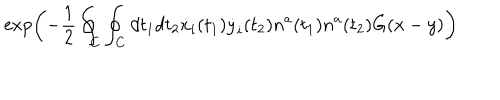
\exp \left( - { \frac { 1 } { 2 } } \oint _ { C } \oint _ { C } d t _ { 1 } d t _ { 2 } \dot { x } _ { i } ( t _ { 1 } ) \dot { y } _ { i } ( t _ { 2 } ) n ^ { a } ( t _ { 1 } ) n ^ { a } ( t _ { 2 } ) G ( x - y ) \right)